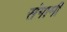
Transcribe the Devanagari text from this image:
संगामी